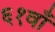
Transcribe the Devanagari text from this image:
६१वाँ